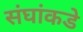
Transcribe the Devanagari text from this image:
संघांकडे